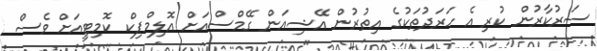
ސަރުކާރުން ކުރި އެ ހަރަދުތަކުގެ އިތުރުން އޭޝިއަން ގޭމްސްއަށް އޮލިމްޕިކް ކޮމިޓީއަށް ވެސް